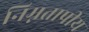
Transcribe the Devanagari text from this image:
निम्नतापीय